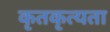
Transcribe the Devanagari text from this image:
कृतकृत्यता